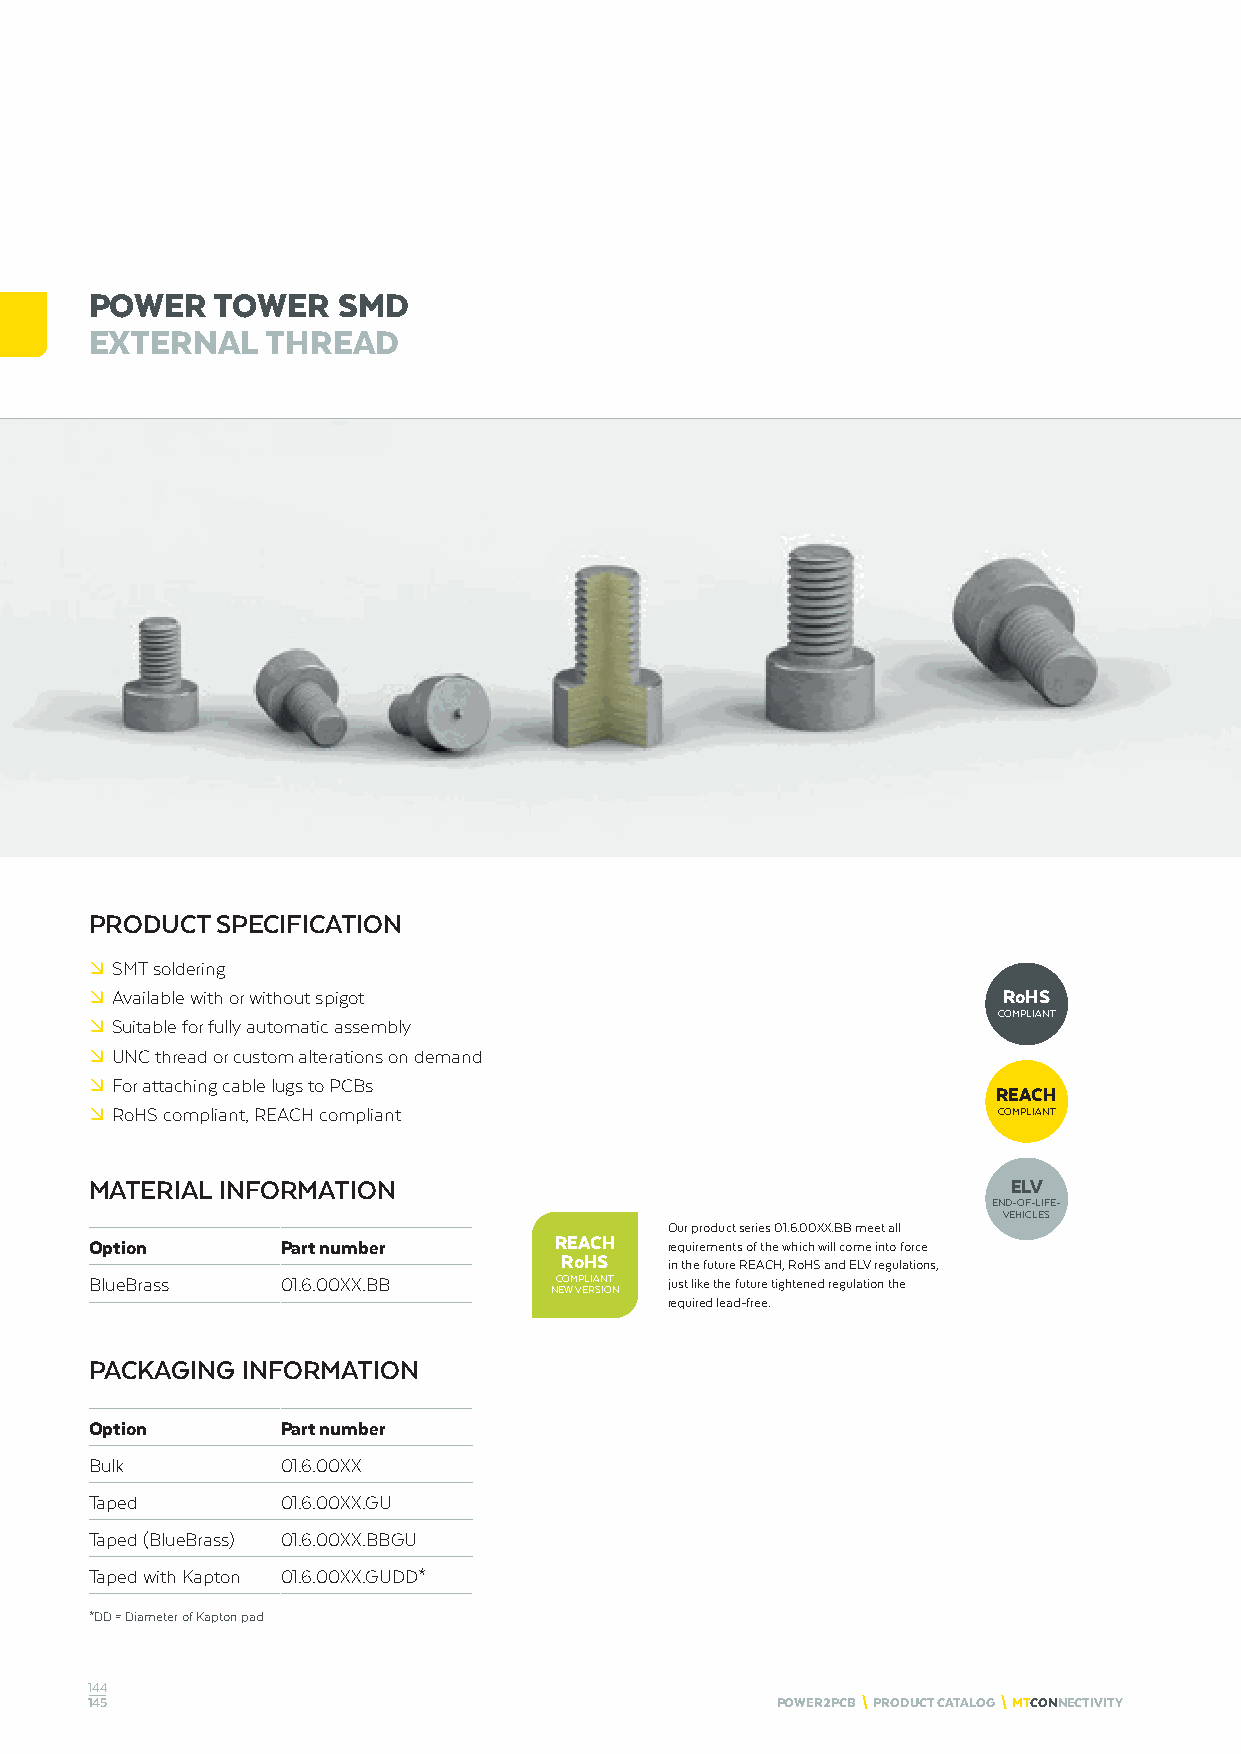
POWER   TOWER   SMD
 EXTERNAL    THREAD
 PRODUCT SPECIFICATION
 º SMT soldering
 º Available with or without spigot                          RoHS
 COMPLIANT
 º Suitable for fully automatic assembly
 º UNC thread or custom alterations on demand
 º For attaching cable lugs to PCBs
 REACH
 º RoHS compliant, REACH compliant                           COMPLIANT
 MATERIAL INFORMATION                                         ELV
 END-OF-LIFE-
 VEHICLES
 Our product series 01.6.00XX.BB meet all
 Option       Part number       REACH  requirements of the which will come into force
 RoHS
 in the future REACH, RoHS and ELV regulations,
 BlueBrass    01.6.00XX.BB      COMPLIANT just like the future tightened regulation the
 NEW VERSION
 required lead-free.
 PACKAGING INFORMATION
 Option       Part number
 Bulk         01.6.00XX
 Taped        01.6.00XX.GU
 Taped (BlueBrass) 01.6.00XX.BBGU
 Taped with Kapton 01.6.00XX.GUDD*
 *DD = Diameter of Kapton pad
 144
 145                                          POWER2PCB \ PRODUCT CATALOG \ MTCONNECTIVITY